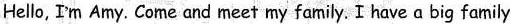
Hello, Im Amy.Come and meet my family. I have a big family